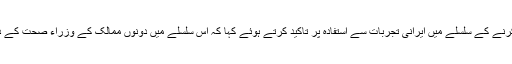
ونزوئلا کے صدر نے کورونا کا مقابلہ کرنے کے سلسلے میں ایرانی تجربات سے استفادہ پر تاکید کرتے ہوئے کہا کہ اس سلسلے میں دونوں ممالک کے وزراء صحت کے درمیان ویڈیو کانفرنس بہت ضروری ہے۔